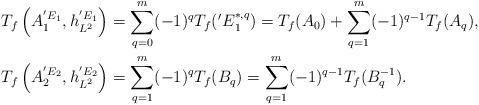
LaTeX: \begin{align*}\begin{aligned} &T_{f}\left(A^{{'E}_{1}}_{1}, h^{{'E}_{1}}_{L^{2}}\right)=\sum_{q=0}^{m}(-1)^{q}T_{f}({'E}^{*, q}_{1})=T_{f}(A_{0})+\sum_{q=1}^{m}(-1)^{q-1}T_{f}(A_{q}),\\ &T_{f}\left(A^{{'E}_{2}}_{2},h^{{'E}_{2}}_{L^{2}}\right)=\sum_{q=1}^{m}(-1)^{q}T_{f}(B_{q})=\sum_{q=1}^{m}(-1)^{q-1}T_{f}(B^{-1}_{q}).\end{aligned}\end{align*}